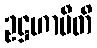
ဥဋ္ဌဟာမီတိ